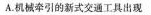
A机被牵引的新式交通工具出现